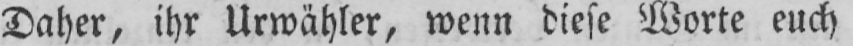
Daher, ihr Urwähler, wenn diese Worte euch